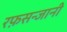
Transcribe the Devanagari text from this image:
रफ़सन्जानी